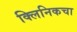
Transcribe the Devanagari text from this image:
क्लिनिकचा